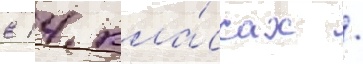
в 14 кла́ссах /